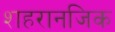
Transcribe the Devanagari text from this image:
शहरानजिक